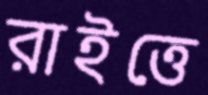
রাইত্তে